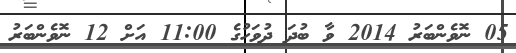
05 ނޮވެންބަރު 2014 ވާ ބުދަ ދުވަހުގެ 11:00 އަށް 12 ނޮވެންބަރު